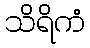
သိရိကံ